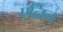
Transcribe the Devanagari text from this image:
एन्रिच